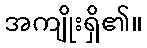
အကျိုးရှိ၏။